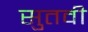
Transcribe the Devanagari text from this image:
सुतवी